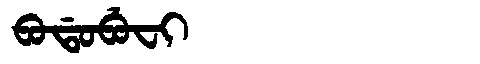
Manchu: ᠪᠣᡩᠣᠪᡠᠸᡳ
Romanization: BODOBUFI